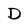
Character: D